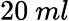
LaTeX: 20~ml